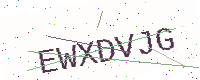
Text: EWXDVJG